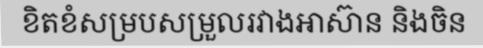
ខិតខំសម្របសម្រួលរវាងអាស៊ាន និងចិន